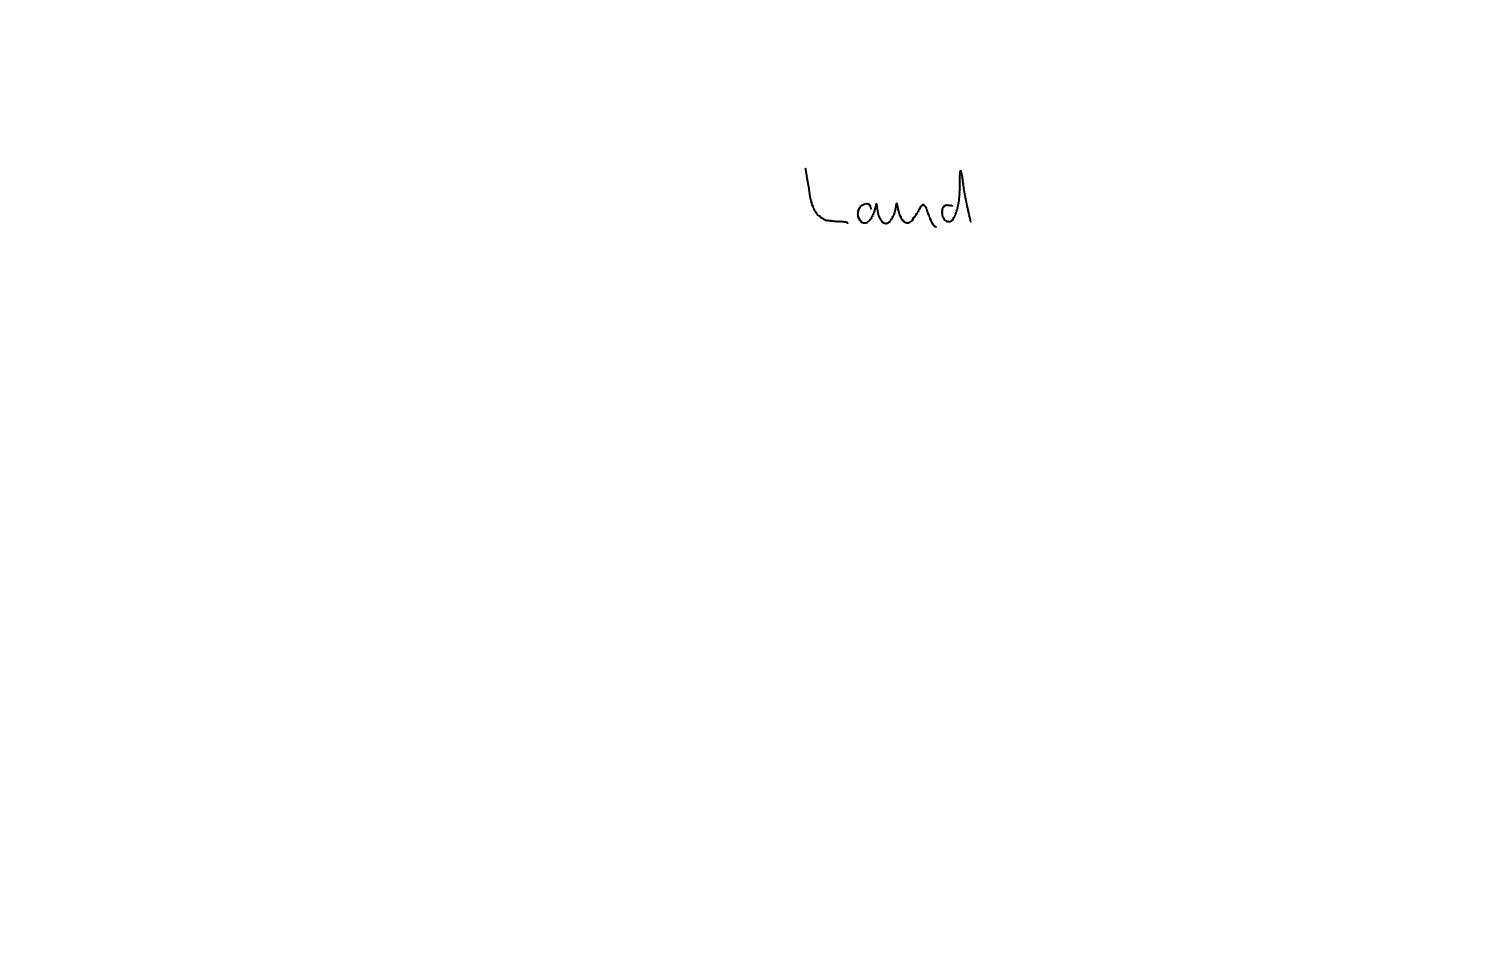
Text: Land